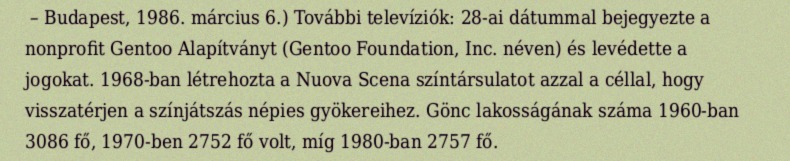
– Budapest, 1986. március 6.) További televíziók: 28-ai dátummal bejegyezte a nonprofit Gentoo Alapítványt (Gentoo Foundation, Inc. néven) és levédette a jogokat. 1968-ban létrehozta a Nuova Scena színtársulatot azzal a céllal, hogy visszatérjen a színjátszás népies gyökereihez. Gönc lakosságának száma 1960-ban 3086 fő, 1970-ben 2752 fő volt, míg 1980-ban 2757 fő.